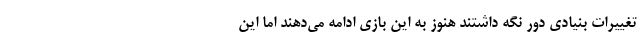
تغییرات بنیادی دور نگه داشتند هنوز به این بازی ادامه می‌دهند اما این